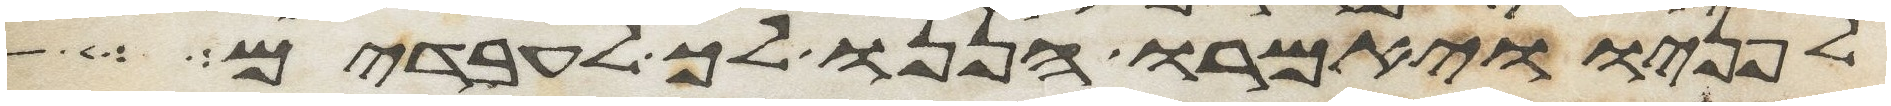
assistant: לפניו ויאמרו הננו לך לעבדים